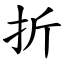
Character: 折